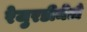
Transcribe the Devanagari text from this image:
रेजुरडीमेंटो